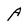
Character: A